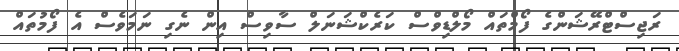
ރަޖިސްޓްރޭޝަންގެ ފޯމްތައް މޯލްޑިވްސް ކަރެކްޝަނަލް ސާވިސް އިން ނެގި ނަމަވެސް އެ ފޯމުތައް